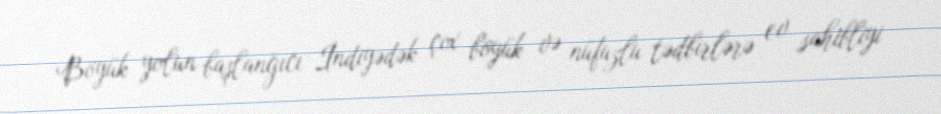
Böyük yolun başlanğıcı İndiyədək çox böyük və nüfuzlu tədbirlərə ev sahibliyi